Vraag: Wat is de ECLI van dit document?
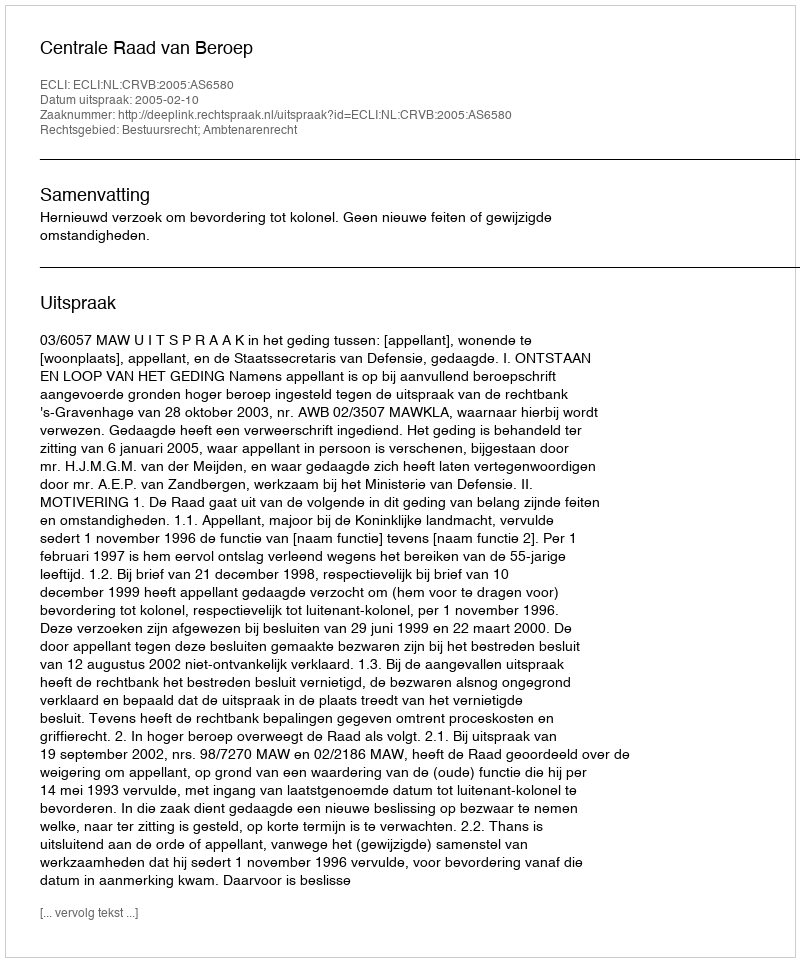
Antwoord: ECLI:NL:CRVB:2005:AS6580